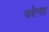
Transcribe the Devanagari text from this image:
परेगा